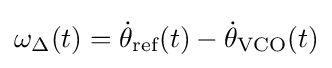
\omega _{\Delta }(t)={\dot {\theta }}_{\text{ref}}(t)-{\dot {\theta }}_{\text{VCO}}(t)